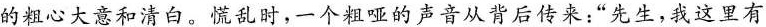
的粗心大意和清白。慌乱时，一个粗哑的声音从背后传来：”先生，我这里有